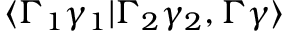
\langle \Gamma _ { 1 } \gamma _ { 1 } | \Gamma _ { 2 } \gamma _ { 2 } , \Gamma \gamma \rangle